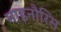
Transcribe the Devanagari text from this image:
माइनौरिस